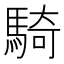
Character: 騎